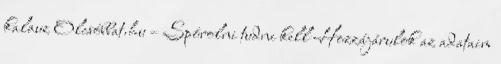
kalauz Olcsóbbat.hu – Spórolni tudni kell Hozzájárulok az adataim